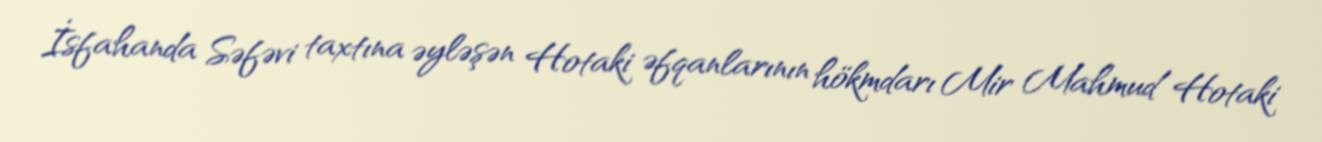
İsfahanda Səfəvi taxtına əyləşən Hotaki əfqanlarının hökmdarı Mir Mahmud Hotaki